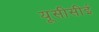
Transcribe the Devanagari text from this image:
यूसीसीई